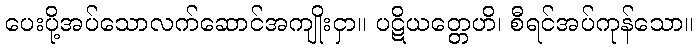
ပေးပို့အပ်သောလက်ဆောင်အကျိုးငှာ။ ပဋိယတ္တေဟိ၊ စီရင်အပ်ကုန်သော။